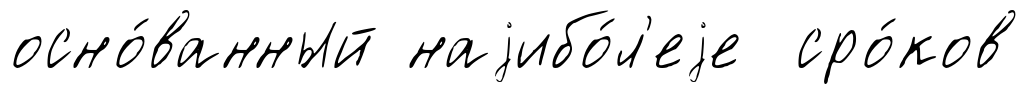
осно́ванный наjибо́л'еjе сро́ков